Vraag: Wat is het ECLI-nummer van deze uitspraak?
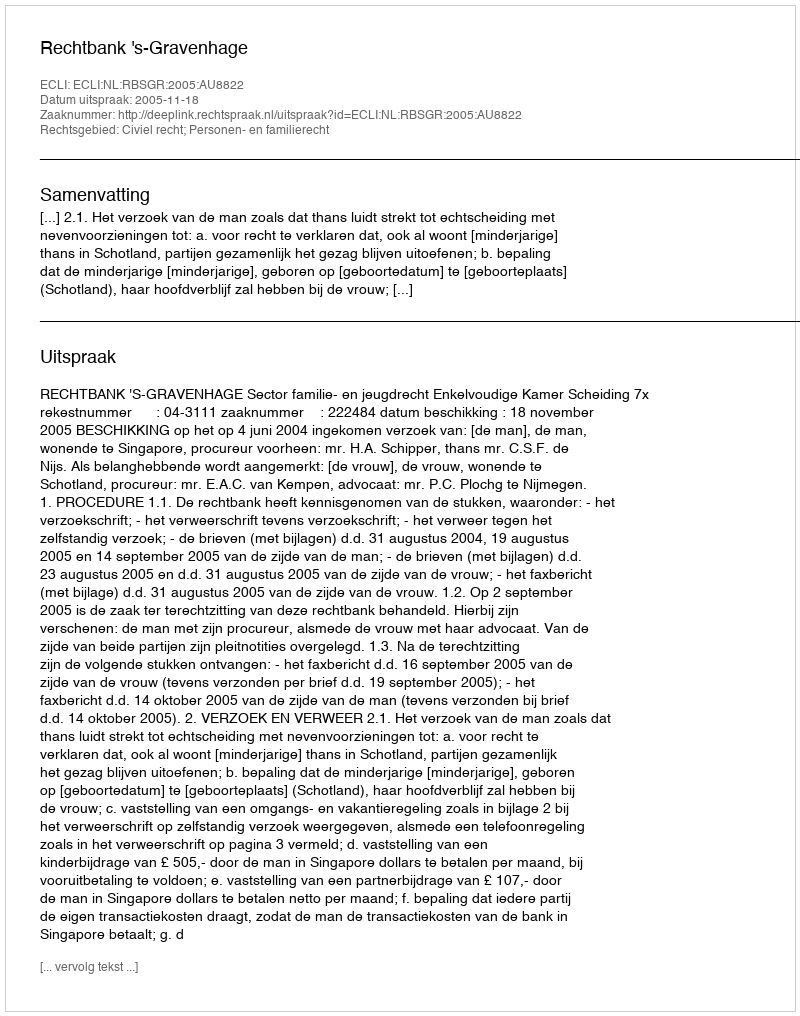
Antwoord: ECLI:NL:RBSGR:2005:AU8822